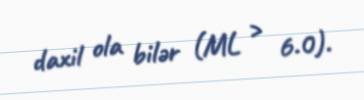
daxil ola bilər (ML > 6.0).